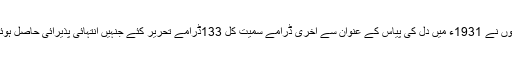
انہوں نے 1931ء میں دل کی پیاس کے عنوان سے آخری ڈرامے سمیت کل 133ڈرامے تحریر کئے جنہیں انتہائی پذیرائی حاصل ہوئی۔